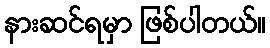
နားဆင်ရမှာ ဖြစ်ပါတယ်။